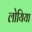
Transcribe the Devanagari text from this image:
लोयिया